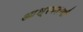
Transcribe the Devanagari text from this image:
आश्रयदायी